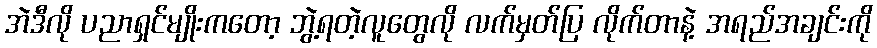
အဲဒီလို ပညာရှင်မျိုးကတော့ ဘွဲ့ရတဲ့လူတွေလို လက်မှတ်ပြ လိုက်တာနဲ့ အရည်အချင်းကို